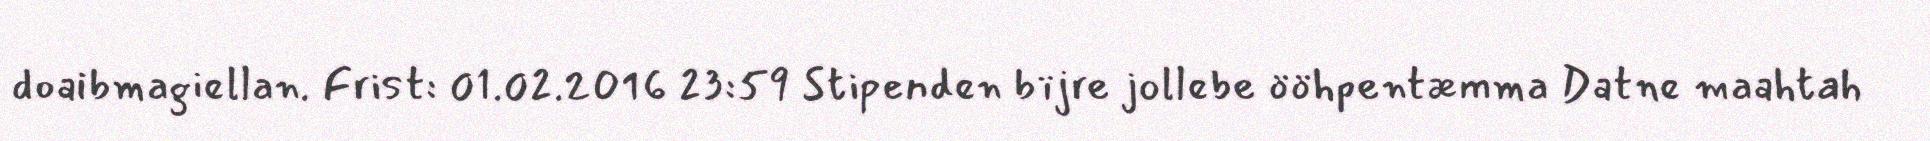
doaibmagiellan. Frist: 01.02.2016 23:59 Stipenden bïjre jollebe ööhpentæmma Datne maahtah